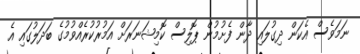
ނަމަވެސް އެކަން ދިގުލައި ދާން ފެށުމުން ޕޮލިސް ކޮމިޝަނަރަށް އަމުރުކުރެއްވުމުގެ ބަދަލުގައި އެ